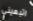
اتبعيني